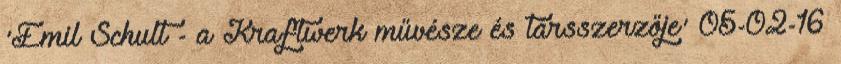
'Emil Schult - a Kraftwerk művésze és társszerzője' 05-02-16